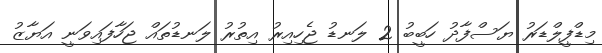
މިޑްފީލްޑަރު ޔަސްފާދު ހަބީބު 2 ލަނޑު ޖެހިއިރު އިތުރު ލަނޑުތައް ޖަހާފައިވަނީ އަޔާޒު